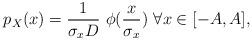
LaTeX: \begin{align*}p_X(x)= \frac{1}{\sigma_x D}\ \phi(\frac{x}{\sigma_x})\ \forall x \in [-A, A],\end{align*}